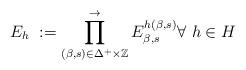
LaTeX: \begin{align*} E_{h}\ :=\prod_{(\beta,s)\in\Delta^{+}\times\mathbb{Z}}\limits^{\rightarrow}E_{\beta,s}^{h(\beta,s)} \forall\ h\in H \end{align*}